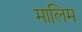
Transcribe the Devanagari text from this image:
मालिम